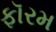
ફૉરમ